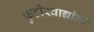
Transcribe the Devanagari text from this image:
फुटीरवाद्यांनी